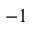
^ { - 1 }